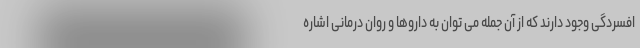
افسردگی وجود دارند که از آن جمله می توان به داروها و روان درمانی اشاره